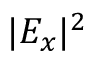
| E _ { x } | ^ { 2 }